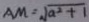
A M = \sqrt { a ^ { 2 } + 1 }